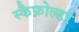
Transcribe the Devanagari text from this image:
स्कैफ़ोल्डर